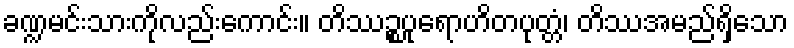
ခဏ္ဍမင်းသားကိုလည်းကောင်း။ တိဿဉ္စပုရောဟိတပုတ္တံ၊ တိဿအမည်ရှိသော